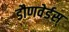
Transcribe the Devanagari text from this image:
डौणवेर्डस्